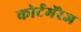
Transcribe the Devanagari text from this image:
कोर्टमॅरेज